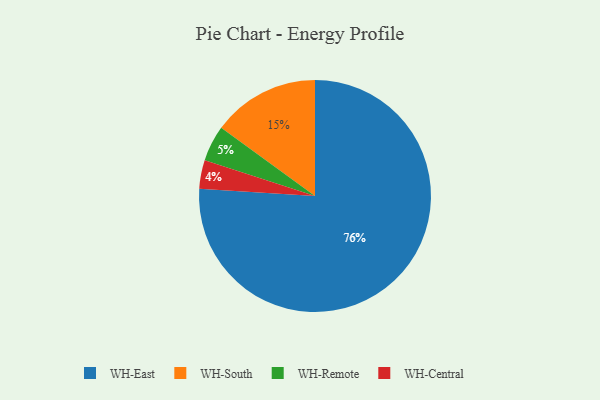
{"axis": {"x": "Category", "y": "Percentage"}, "legend": ["WH-Central", "WH-East", "WH-Remote", "WH-South"], "data": [{"x": "WH-East", "y": 76, "type": "WH-East"}, {"x": "WH-Central", "y": 4, "type": "WH-Central"}, {"x": "WH-Remote", "y": 5, "type": "WH-Remote"}, {"x": "WH-South", "y": 15, "type": "WH-South"}]}